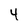
Character: 4